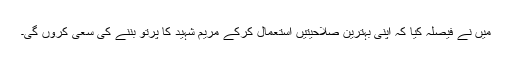
میں نے فیصلہ کیا کہ اپنی بہترین صلاحیتیں استعمال کرکے مریم شہید کا پرتو بننے کی سعی کروں گی۔